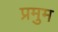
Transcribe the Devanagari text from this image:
प्रमुम